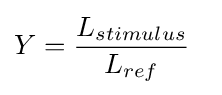
Y={L_{stimulus} \over L_{ref}}\ \